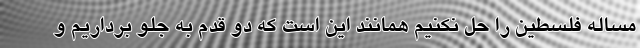
مساله فلسطین را حل نکنیم همانند این است که دو قدم به جلو برداریم و